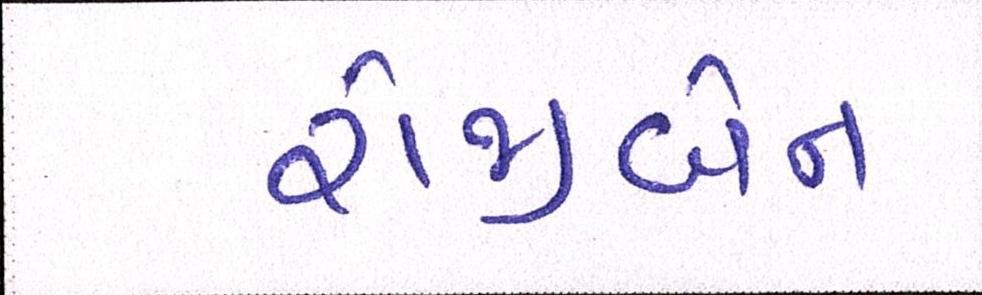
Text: રોજીબેન